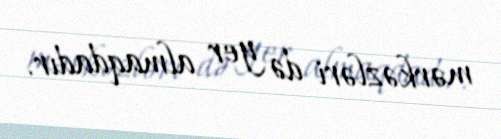
mərkəzləri də yer almaqdadır.